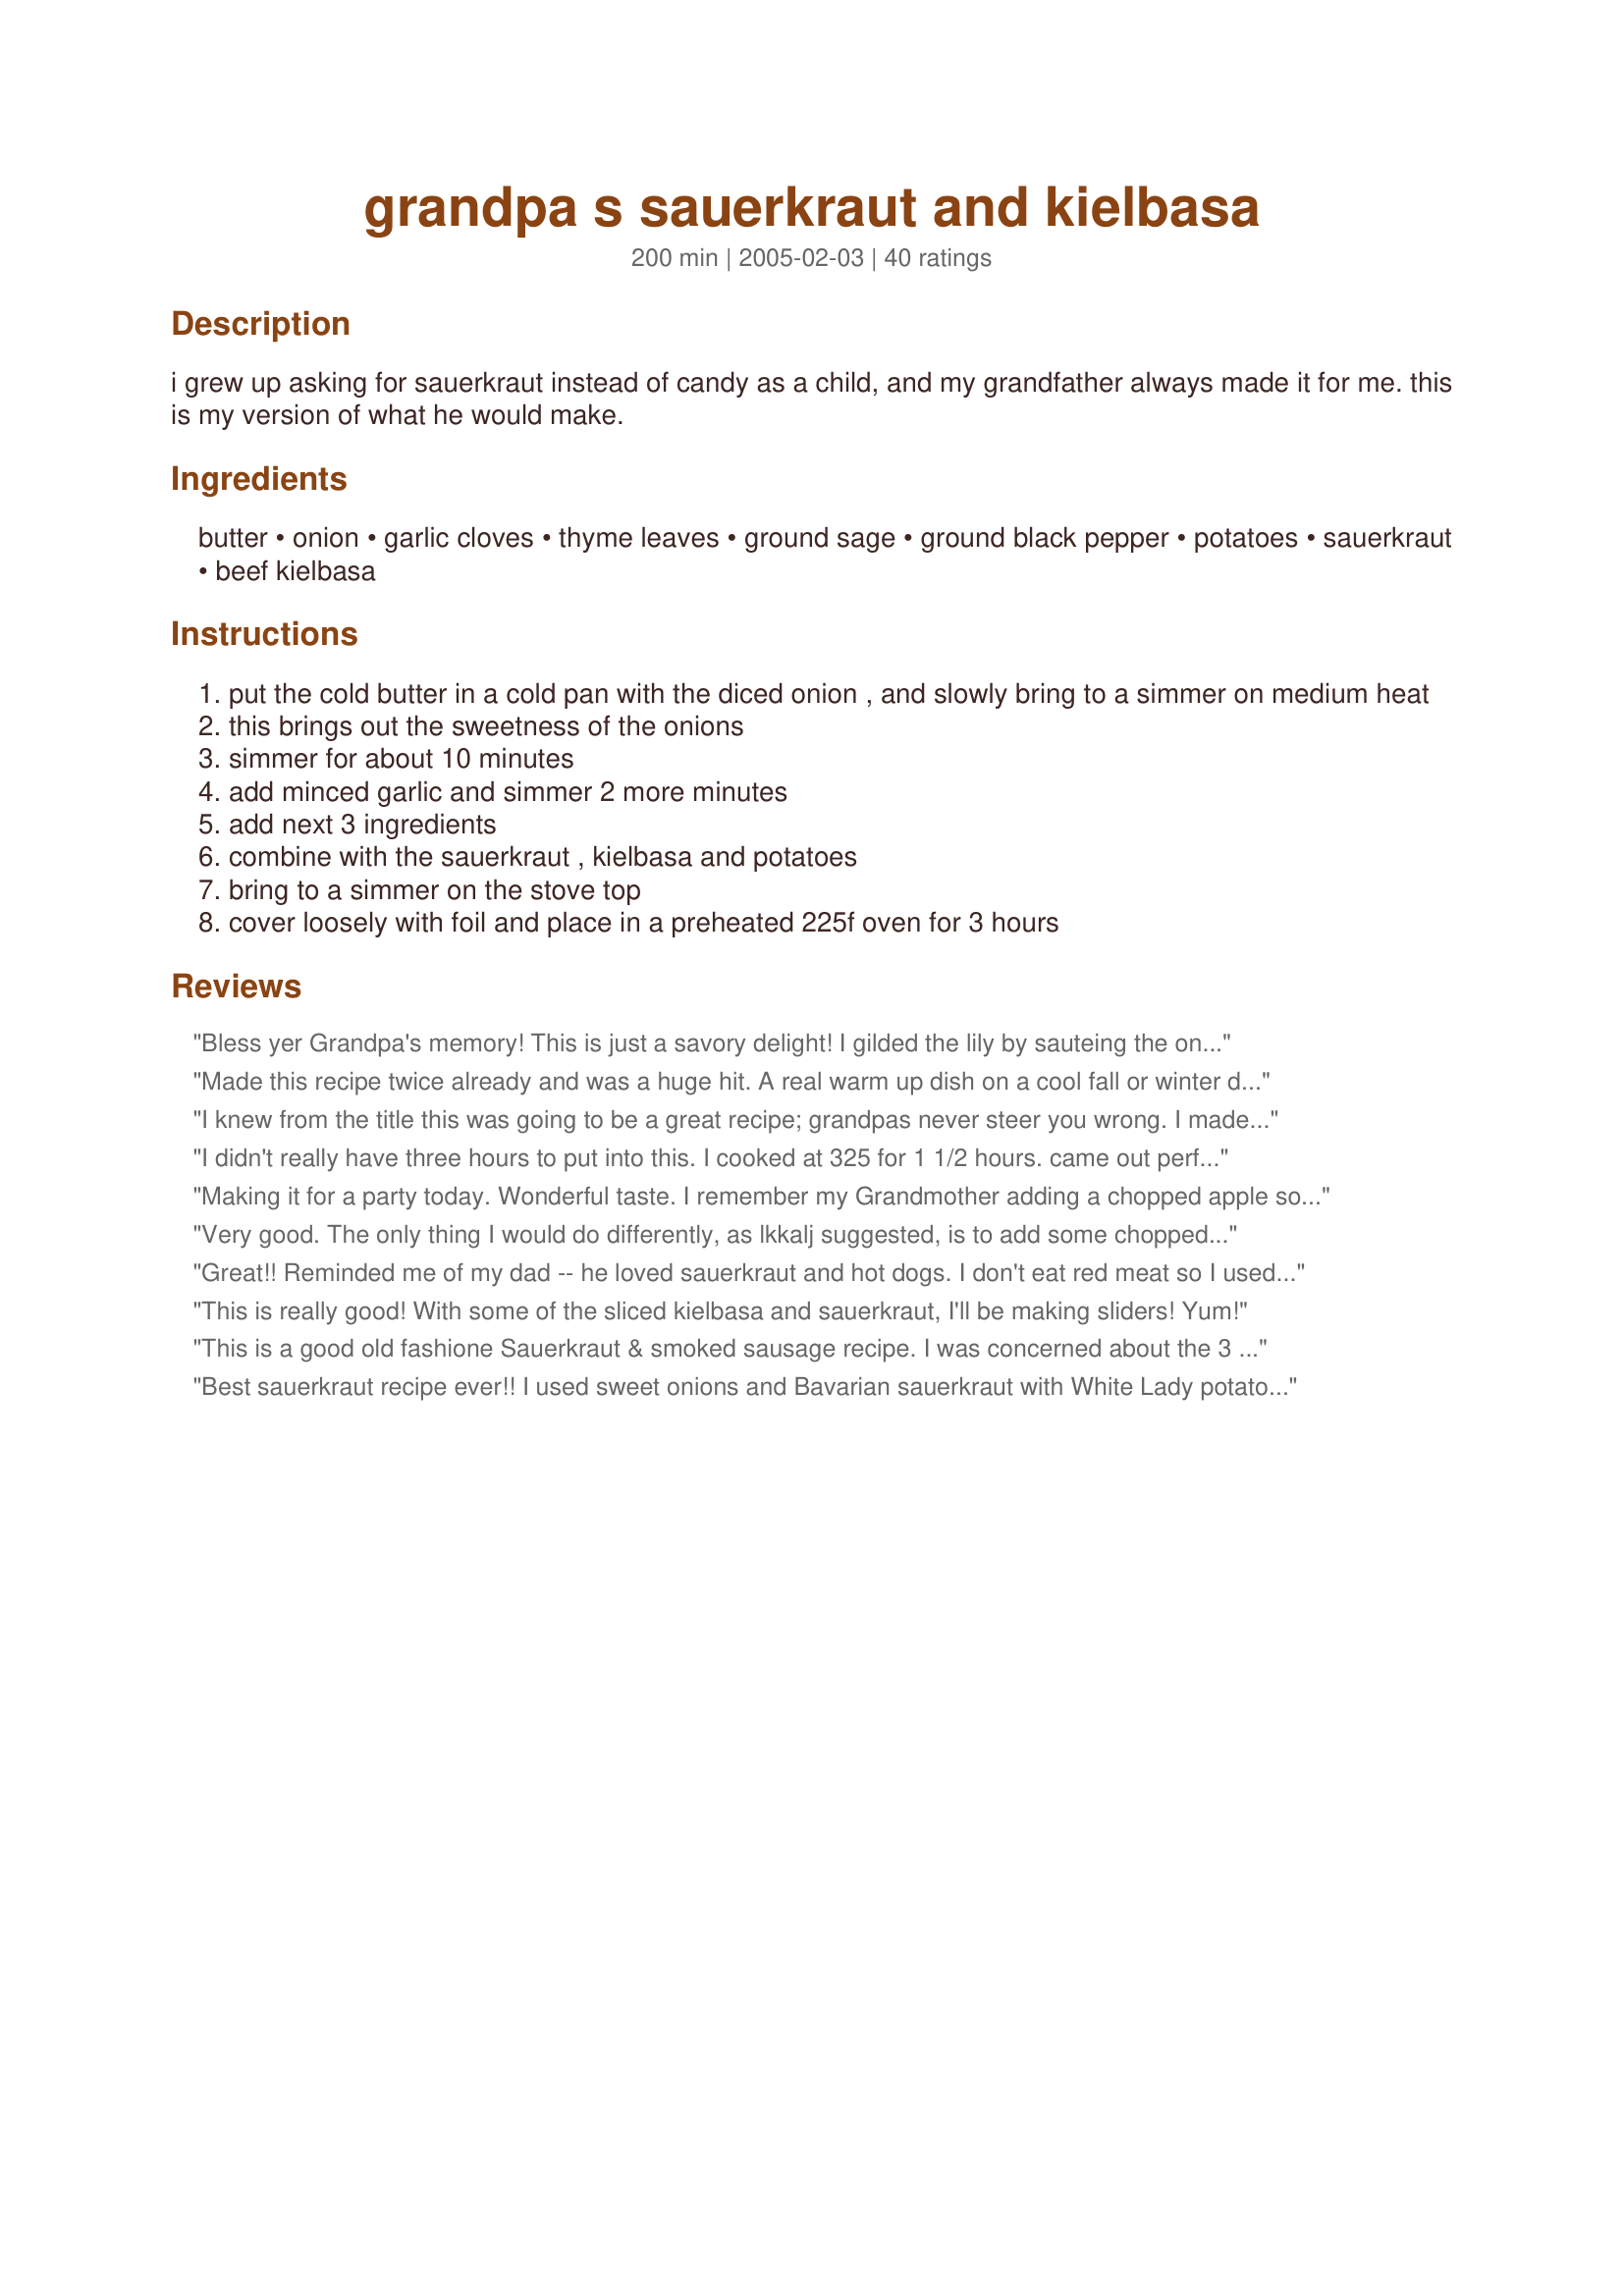
grandpa s sauerkraut and kielbasa
Preparation time: 200 minutes

i grew up asking for sauerkraut instead of candy as a child, and my grandfather always made it for me. this is my version of what he would make.

Ingredients:
butter, onion, garlic cloves, thyme leaves, ground sage, ground black pepper, potatoes, sauerkraut, beef kielbasa

Steps:
put the cold butter in a cold pan with the diced onion , and slowly bring to a simmer on medium heat
this brings out the sweetness of the onions
simmer for about 10 minutes
add minced garlic and simmer 2 more minutes
add next 3 ingredients
combine with the sauerkraut , kielbasa and potatoes
bring to a simmer on the stove top
cover loosely with foil and place in a preheated 225f oven for 3 hours

Reviews:
Bless yer Grandpa's memory! This is just a savory delight! I gilded the lily by sauteing the onion and garlic with very lean chopped bacon (about 6 oz.), using Bell's Seasoning for the thyme and sage, adding a half cup of white wine, and tossing in a diced apple (apples, onions, garlic, and potatoes all home-grown)...<br/>This is an outrageously good recipe - thank you, thank you, thank you!
Made this recipe twice already and was a huge hit. A real warm up dish on a cool fall or winter day, hit the spot!
I knew from the title this was going to be a great recipe; grandpas never steer you wrong. I made this recipe and loved it so much I made it the next week and the next. Thank you!
I didn't really have three hours to put into this. I cooked at 325 for 1 1/2 hours. came out perfect.
Making it for a party today. Wonderful taste. I remember my Grandmother adding a chopped apple so I added that to it.
Very good. The only thing I would do differently, as lkkalj suggested, is to add some chopped apple or apple juice. Other than that, I would definitely follow the recipe. This was an easy, delicious meal.
Great!! Reminded me of my dad -- he loved sauerkraut and hot dogs. I don't eat red meat so I used turkey kielbasa.
This is really good! With some of the sliced kielbasa and sauerkraut, I'll be making sliders! Yum!
This is a good old fashione Sauerkraut & smoked sausage recipe. I was concerned about the 3 hours at 225F but I did it -no problem- it mellowed all the flavors. I used a cajun spicy sausage.Loved the recipe thanks Twitterpatted
Best sauerkraut recipe ever!! I used sweet onions and Bavarian sauerkraut with White Lady potatoes. I also put half a jar of real bacon bits, from the salad toppings section of the grocery. You don't have to wonder what to do with the leftovers, there won't be any.
Very tasty, No potatoes here, used some turkey bacon, and turkey kielbasa and threw in an apple, Whole new level in taste. Yup, its a keeper.
I made this last night both my husband and I thoroughly enjoyed it this is a keeper. Use a little bit of sweet potato with the white
This washould incredible. Even my boyfriend, who was not thrilled when hearing about what was for dinner, got seconds and is taking the rest for lunch tomorrow. I used red potatoes (what I had on hand) and turned the ovenight up to 325 to cut down on cooking time (took about 1 hrs 45 min). Keeping this recipe around!
This is an excellent dish. My family devoured it. I added a couple of carrots cut about 1/2 inch to 1 inch thick and they added nice color and flavor. I used 1/2 tsp. dried sage leaves instead of ground sage and that turned out great.
As soon as I saw the pic I wanted to follow this recipe. Presentation is big part of luring fun cooks to try this recipe. My mouth watered as I added the final ingredients. I added a tad bit of olive oil on top of dish so kielbasa could brown nicely. I only had russet potatoes, so I added them later so they stayed nice and firm. I noticed that the butter and simmering of onions, help cut the sourness from sauerkraut. I give this an excellent review.
The flavors were great. I used Yukon Gold potatoes as suggested and unfortunately even after 3 hours in the oven they were way too hard and crunchy. My wife thought they were apples. Did I do something wrong???
My husband loves kielbasa-I on the other hand do not care much for it...I tried this recipe for him and not only did he rave about it so did I. It was very easy to prepare and I love that I could put it together and throw it in the oven and go for swim and so on while our dinner was cooking.
So Glad Your Grandpa Knew His Food!!!! I made this recipe exactly like you said and IT IS WONDERFUL!!! thankyou for posting this, it will now be my goto Kielbasa and Kraut recipe!!! 5 STars
I made this last night and followed the recipe but used a crock pot rather than the oven. It was delicious! Thank you.
This dish was WONDERFUL. Gotta love those one pot, fix it and forget it meals.Followed the recipe exactly except for the potatoes. All I had were small russets so I just halved them and they held up just fine. Since we are all kielbasa and kraut lovers, this will definitely be amoung the monthly rotations.
I use enough water and beer to just cover mine and let it cook down .I always add beer And I don,t care for beer,but I love it in this
I've used this recipe several times and love it. I don't add the potatoes though since I make this with potato pancackes. This is now my go to kielbasa recipe.
One of the many dishes offered at our family gathering so when you come, don't forget to wear your 'buffet' pants...or your mu mu.
Hi just got this in the pot and will do stove top, will cook very very low and slow all afternoon in my Le Creuset. Will add the apple (per reviewer Montana Ma) and CANT WAIT FOR DINNER! Will add potatoes towards the end of the afternoon. This is the first time I tried sage and thyme with this dish. Sounds great, and SMELLS really great right now! Love Grandpa! Thanks, Mimi B.
Occasionally I get a hankering for kraut and sausage. Didn't have 3 hr and wanted to cut in half for two. Followed recipe except par boiled cubed Yukon gold potatoes until just starting to soften. 30 minutes in 250 deg oven and it was great. Added 1/4 teaspoon of crushed red pepper for color and zip. .. .
This is my new favorite dish....Everything flavorwise is perfect and my husband and I never grew eating sauerkraut....This, however is awesome. Thank you so much for sharing.
Yum. This is really simple and so tasty. I made 2 single servings - one for me with the sauerkraut and one for my grandson without the sauerkraut. Both were delish. Thanks for sharing this nice keeper. Made for Best of 2012 Tag.
Instead of baking it on low for so long do you think I could throw it all in the crock pot?
The potatoes did not cook at 225&deg; F at 1&quot; chunks, had to cook additional 1 1/2 hours at 350&deg; F. It would have been nice if said how big to dice potatoes. In the picture, looked like about an inch chucks and the sausage was only was warm. That being said, it turned out to be a pretty good dinner.
I had left over Kielbasa and sauerkraut from making stuffed cabbage rolls. I added some flavors from that recipe. I, my cast iron casserole I sauteed pieces of bacon, removed them. Sauteed the Kielbasa pieces in the bacon fat, removed, them, then sauteed the potatoes and onions together just until the onions got a bit of color. I finally added the sauerkraut, some chicken stock and a bit of white white wine. I had some dried thyme and a bit of poultry seasoning in lieu of the fresh herbs. It is a hearty and tasty dish.
Easy &amp; great on a snowy cold day! Paired it with crisp sourdough baguettes!
I've made this for years, the seasonings in here are slightly different than what I usually use and I liked them, thank you. The only change is I always melt swiss cheese on top. Nothing better than swiss cheese (or jarlsburg) with sauerkraut!
I've been craving my grandma's sauerkraut and kielbasa... I haven't had it since the early 1970's. Grandma Ruth would stand by the stove hovering over a large pot of sauerkraut, potatoes, and kielbasa, with a cigarette dangling out of the corner of her mouth, stirring and slow cooking all day long. I didn't have sage, so I used marjoram and oregano, and I doubled the seasoning amount. I also used a little chipotle powder instead of pepper and added a little beer to the mix. Smelled amazing as it cooked in the oven all afternoon long. It tasted even better than grandma's (especially since I omitted the occasional cigarette ash that fell into the pot while Grandma Ruth stirred the delicious mixture). Thanks for sharing. It brought joyful memories of weekends spent in upper Michigan at my grandparents' cottage on Lake Michigan.
This is an awesome recipe!!! I'm making it again today and my husband and kids cant wait for dinner!!!
Amazing!! Have made this many times and again tonight...
Well it tastes great but I had to put it back in the oven because the potatoes are still hard I'm hoping at 350 for anther 1/2 hour they will be cooked through but really it tastes great!
I have made this for several years. A Polish friend gave me this exact same recipe about 40 years ago. One of my favorite dishes. The only thing I do differently is I place the cubed potatoes in the bottom of the dutch oven or casserole dish first then cover them with the onions mixture and kielbasa and kraut...cover it and cook.....delicious.
I made this last night for supper and it was a BIG HIT! I did change it a mite, tho. I fried one piece of bacon and added it; I used a little of the bacon grease to brown my turkey sausage in before adding it. I omitted potatoes because I did't have anything but red ones, so I made a kinda German potato salad to go with it. I also made corn muffins. I did cook it the allotted amt. of time and had what was left for lunch today. Even better the second day. Thanks again for a keeper. It was a great change for us.
I really wanted to like this recipe. It has an odd taste to me and I think it is the sage and thyme. If i made this again , I would leave those two herbs out.
This recipe is amazing! I didn't have sage so I used marjoram. Even the next day it was wonderful! I wish I could give it 10 stars, I will be keeping this one!
